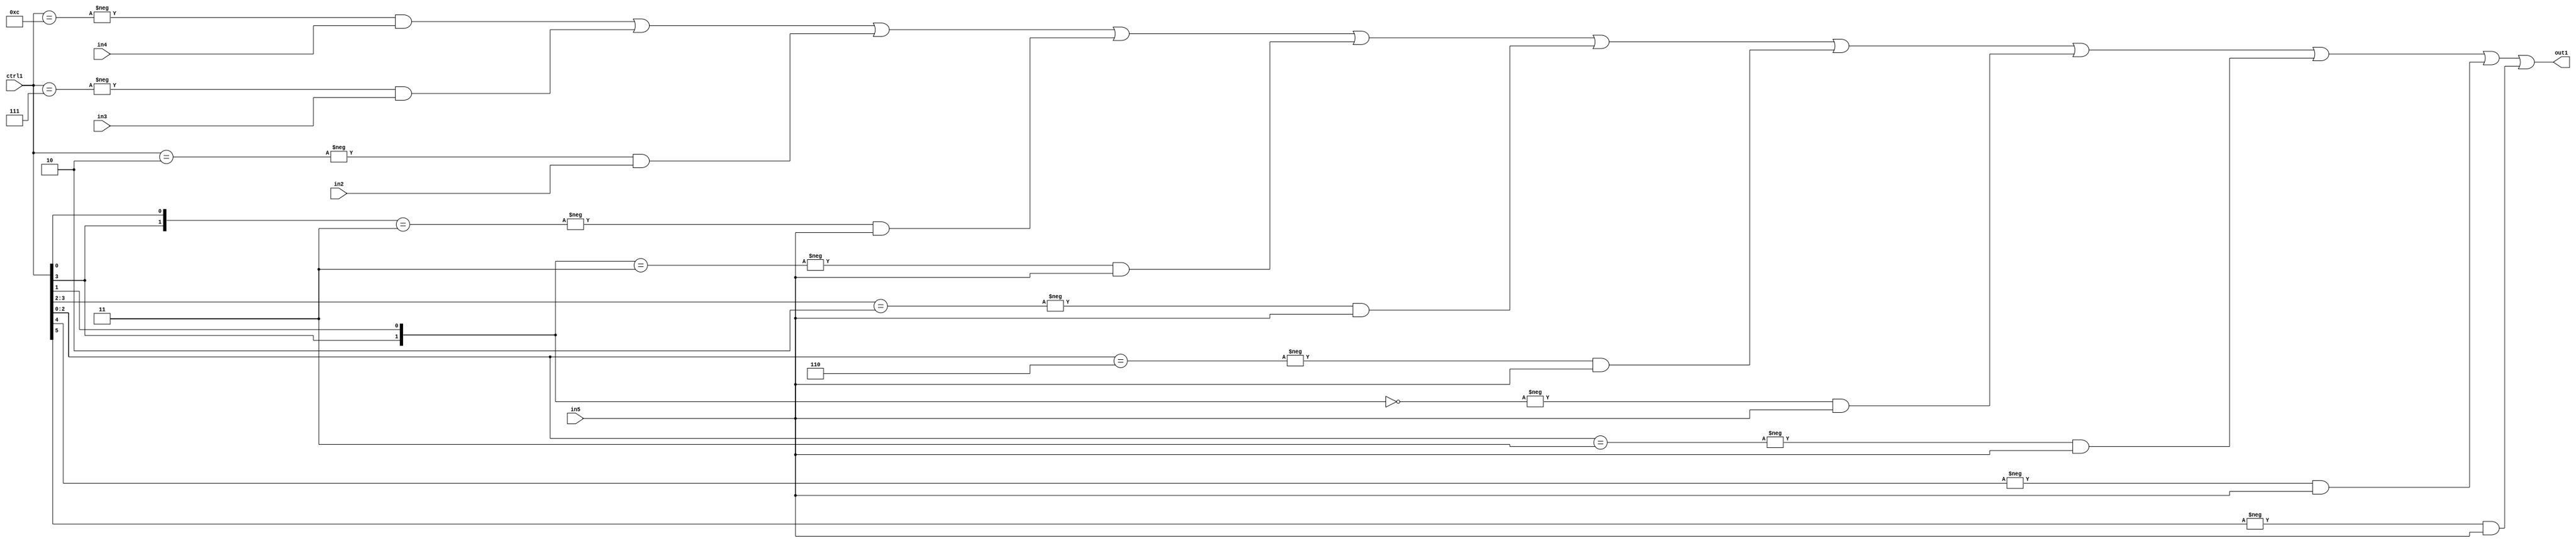
`timescale 1ps / 1ps
/*****************************************************************************
    Verilog RTL Description
    
    
    Created by: Stratus DpOpt 21.05.01 
*******************************************************************************/

module SobelFilter_N_Mux_32_4_49_4 (
	in5,
	in4,
	in3,
	in2,
	ctrl1,
	out1
	); /* architecture "behavioural" */ 
input [31:0] in5;
input [8:0] in4,
	in3,
	in2;
input [5:0] ctrl1;
output [31:0] out1;
wire [31:0] asc001;

assign asc001 = 
	-{ctrl1 == 6'B001100} & in4 |
	-{ctrl1 == 6'B000111} & in3 |
	-{ctrl1 == 6'B000010} & in2 |
	-{{ctrl1[3], ctrl1[0]} == 2'B11} & in5 |
	-{{ctrl1[3], ctrl1[1]} == 2'B11} & in5 |
	-{ctrl1[3:2] == 2'B10} & in5 |
	-{ctrl1[2:0] == 3'B110} & in5 |
	-{{ctrl1[3], ctrl1[1]} == 2'B00} & in5 |
	-{ctrl1[2:0] == 3'B011} & in5 |
	-{ctrl1[4] == 1'B1} & in5 |
	-{ctrl1[5] == 1'B1} & in5 ;

assign out1 = asc001;
endmodule

/* CADENCE  vbD4TQA= : u9/ySxbfrwZIxEzHVQQV8Q== ** DO NOT EDIT THIS LINE ******/